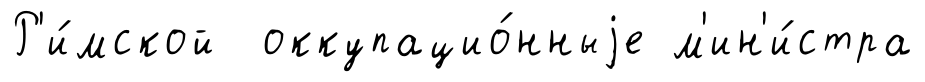
Р'и́мской оккупацио́нныjе м'ин'и́стра